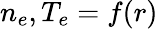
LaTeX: n_{e},T_{e}=f(r)